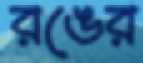
রঙের